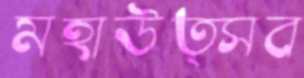
মহাউত্সব